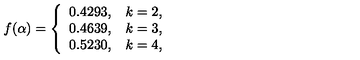
f ( \alpha ) = \left\{ \begin{array} { c c } { 0 . 4 2 9 3 , } & { k = 2 , } \\ { 0 . 4 6 3 9 , } & { k = 3 , } \\ { 0 . 5 2 3 0 , } & { k = 4 , } \\ \end{array} \right.